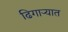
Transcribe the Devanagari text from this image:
ढिगाऱ्यात